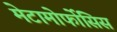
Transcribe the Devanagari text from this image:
मेटामोर्फोसिस